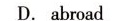
D.abroad